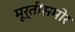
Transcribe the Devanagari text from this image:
मूर्तींसमोर